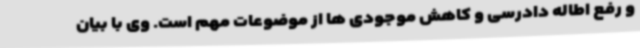
و رفع اطاله دادرسی و کاهش موجودی ها از موضوعات مهم است. وی با بیان